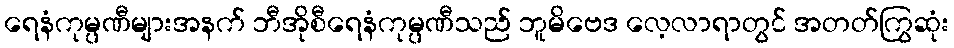
ရေနံကုမ္ပဏီများအနက် ဘီအိုစီရေနံကုမ္ပဏီသည် ဘူမိဗေဒ လေ့လာရာတွင် အတတ်ကြွဆုံး